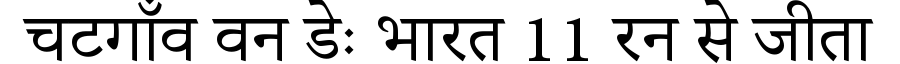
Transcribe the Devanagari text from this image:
चटगाँव वन डेः भारत 11 रन से जीता